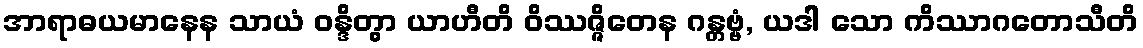
အာရာဓယမာနေန သာယံ ဝန္ဒိတွာ ယာဟီတိ ဝိဿဇ္ဇိတေန ဂန္တဗ္ဗံ, ယဒါ သော ကိဿာဂတောသီတိ